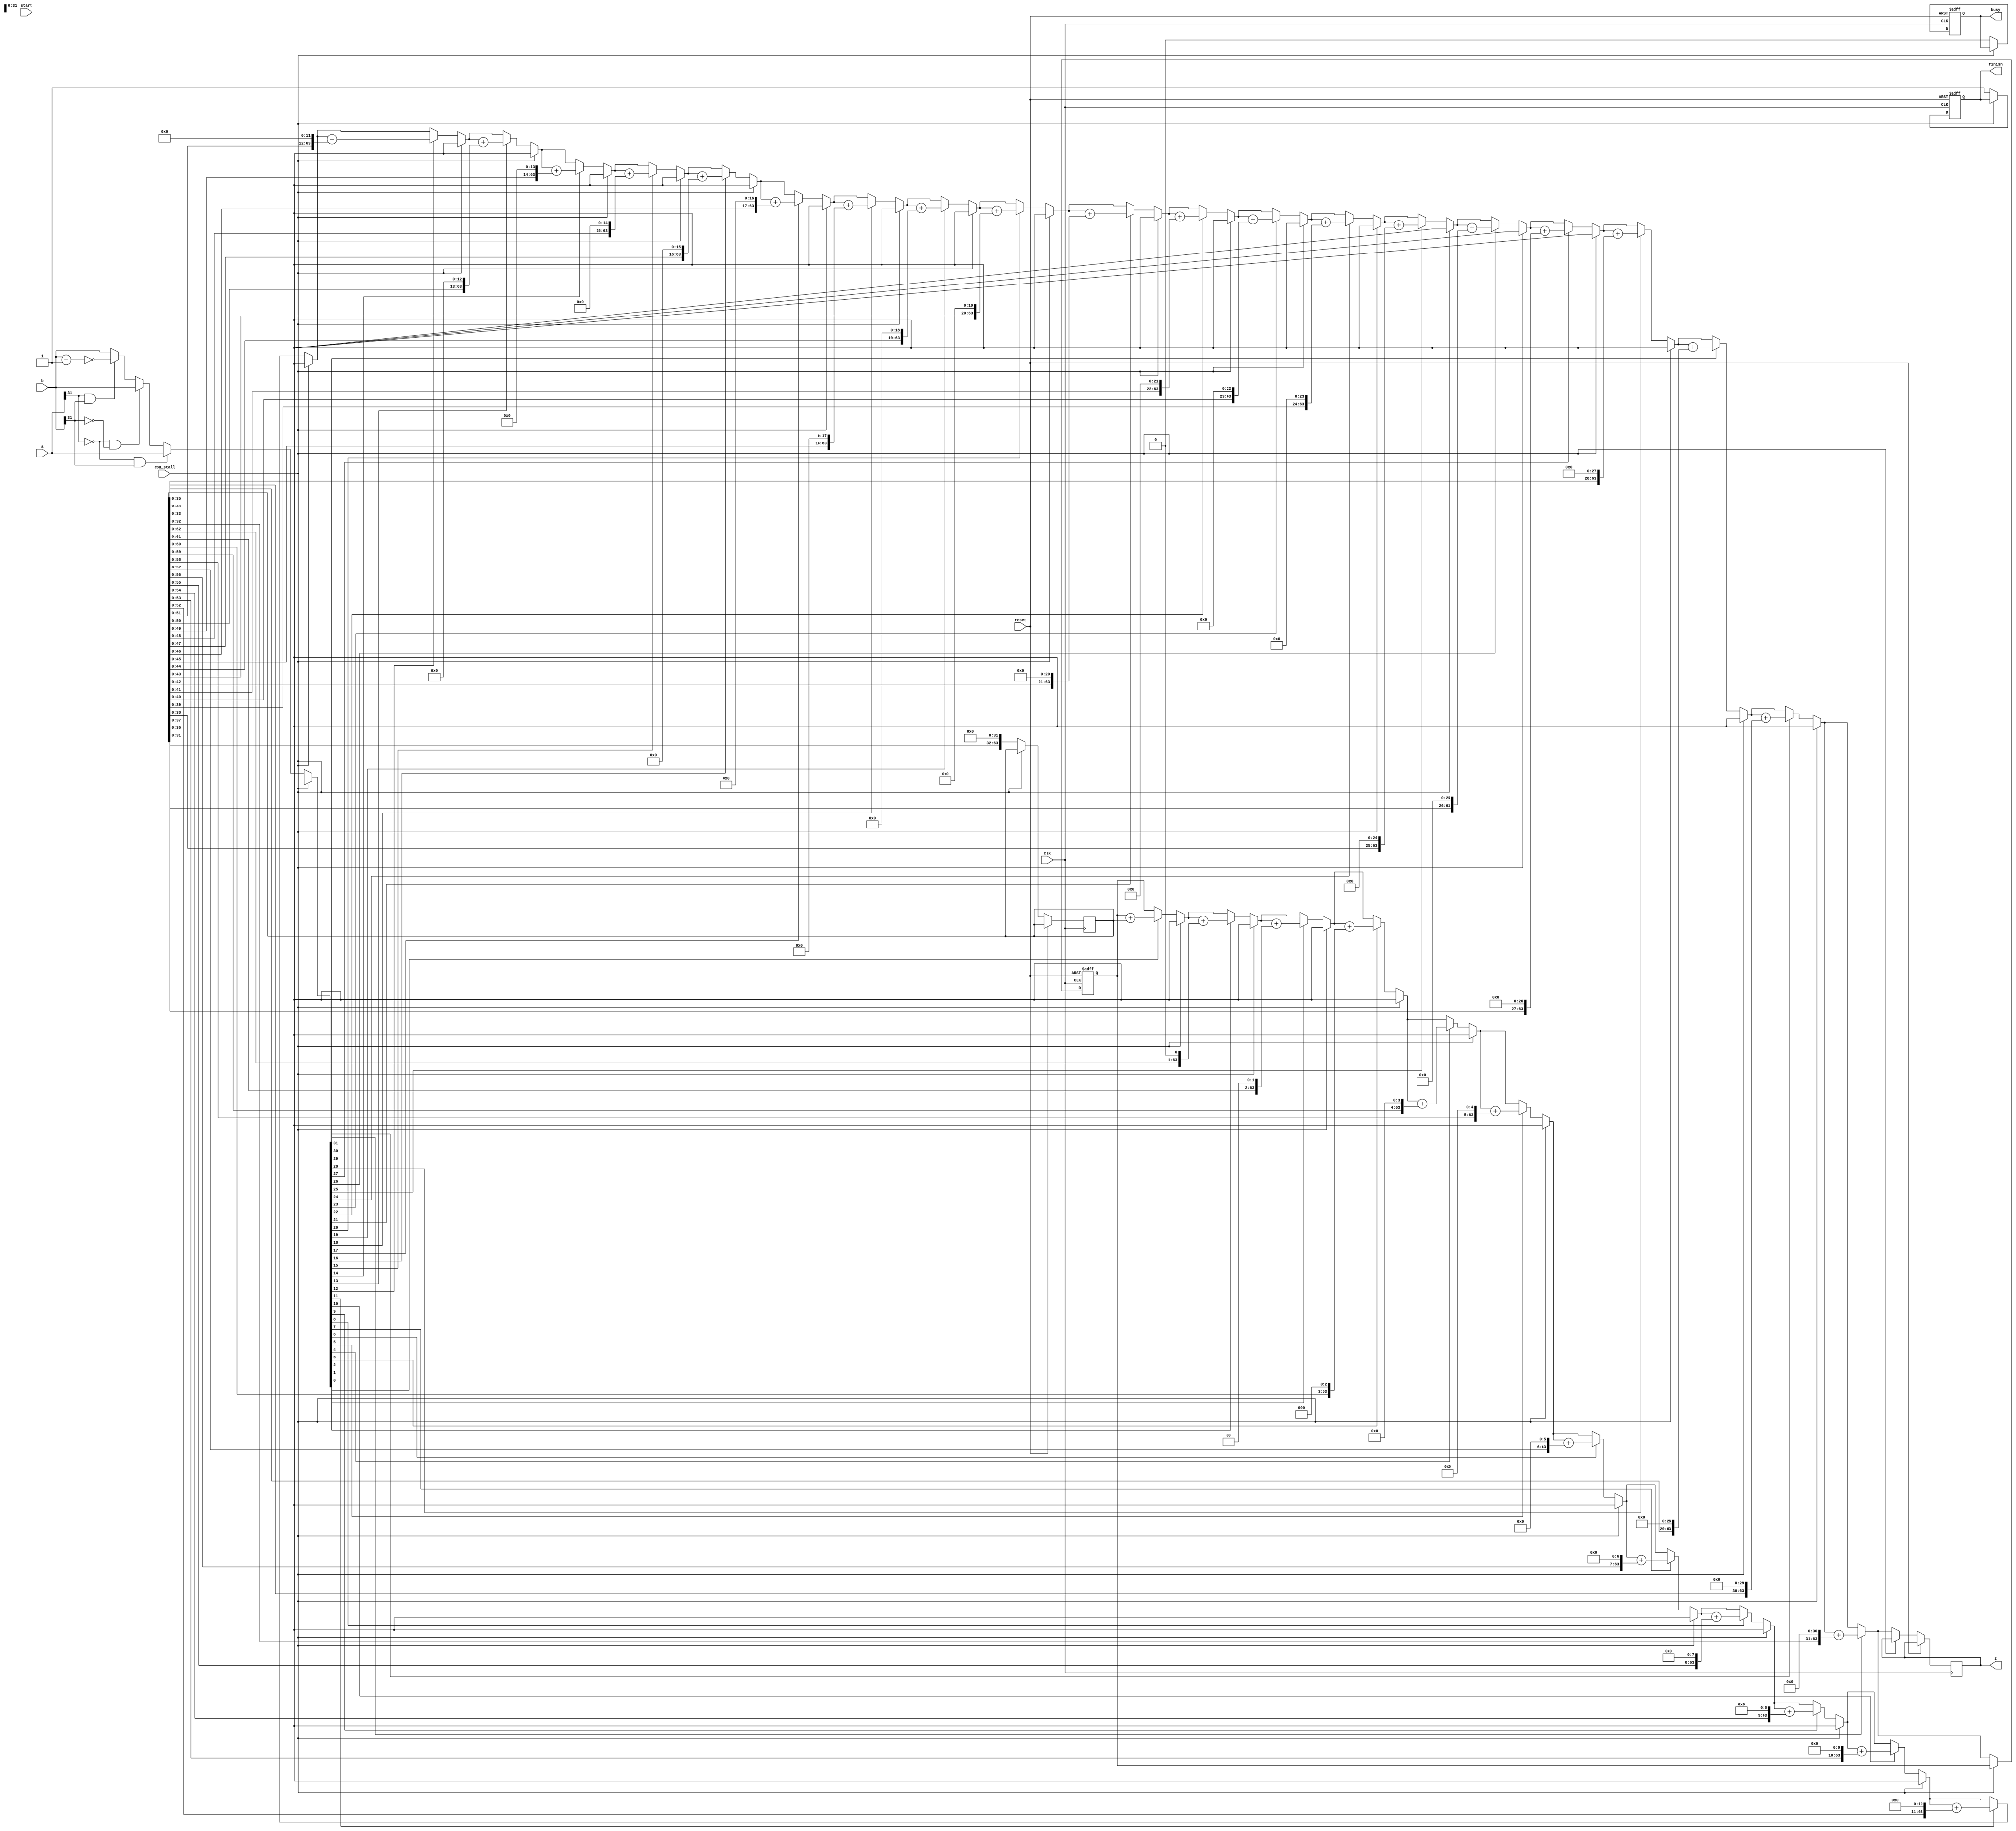
`timescale 1ns / 1ps
//////////////////////////////////////////////////////////////////////////////////
// Company: 
// Engineer: 
// 
// Design Name: 
// Module Name: MULT
// Project Name: 
// Target Devices: 
// Tool Versions: 
// Description: 
// 
// Dependencies: 
// 
// Revision:
// Revision 0.01 - File Created
// Additional Comments:
// 
//////////////////////////////////////////////////////////////////////////////////


module MULT(
    input clk,
    input reset, 
    input [31:0] a,
    input [31:0] b, 
    input start,
    input cpu_stall,
    output reg [63:0] z,
    output reg busy,
    output reg finish
    );
    reg [63:0] temp;
       reg [63:0]temp_a;
       reg [31:0] tempax;
       reg [31:0] temp_b;
       integer cnt=0;
       always@(posedge clk or posedge reset)
       begin
           if(reset)
           begin 
               temp<=0;
                busy=0;
               cnt<=0;
               finish=0;
           end
           else if (!cpu_stall)
           begin
               temp<=0;
                busy=1;
               if(a[31]==0&&b[31]==1)
                   begin
                   temp_a<={32'b11111111111111111111111111111111,b};
                   temp_b<=a;
                   end
               else if(a[31]==0&&b[31]==0)
                   begin
                   temp_a<={32'b0,a};
                    temp_b<=b;
                   end
              else if(a[31]==1&&b[31]==1)
                  begin
                  tempax=~(a-1);
                  temp_b=~(b-1);
                  temp_a<={32'b0,tempax};
                  end
              else
                  begin
                  temp_a<={32'b11111111111111111111111111111111,a};
                  temp_b<=b;
                  end
             
          
            cnt<=0;
              for(cnt=0;cnt<32;cnt=cnt+1)
               begin
                  
                   if(temp_b[0])
                   begin
                       temp=temp+temp_a;
                   end
                   else
                   begin
                   end
                   temp_b=temp_b>>1;
                   temp_a=temp_a << 1;
               end
               finish=1;
               busy=0;
           z=temp;
           end
       end
      // assign z=temp;
   endmodule